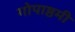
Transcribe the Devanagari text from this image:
गोपाष्ठमी